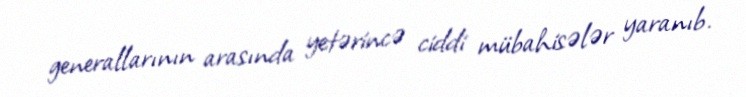
generallarının arasında yetərincə ciddi mübahisələr yaranıb.